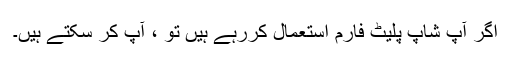
اگر آپ شاپ پلیٹ فارم استعمال کررہے ہیں تو ، آپ کر سکتے ہیں۔